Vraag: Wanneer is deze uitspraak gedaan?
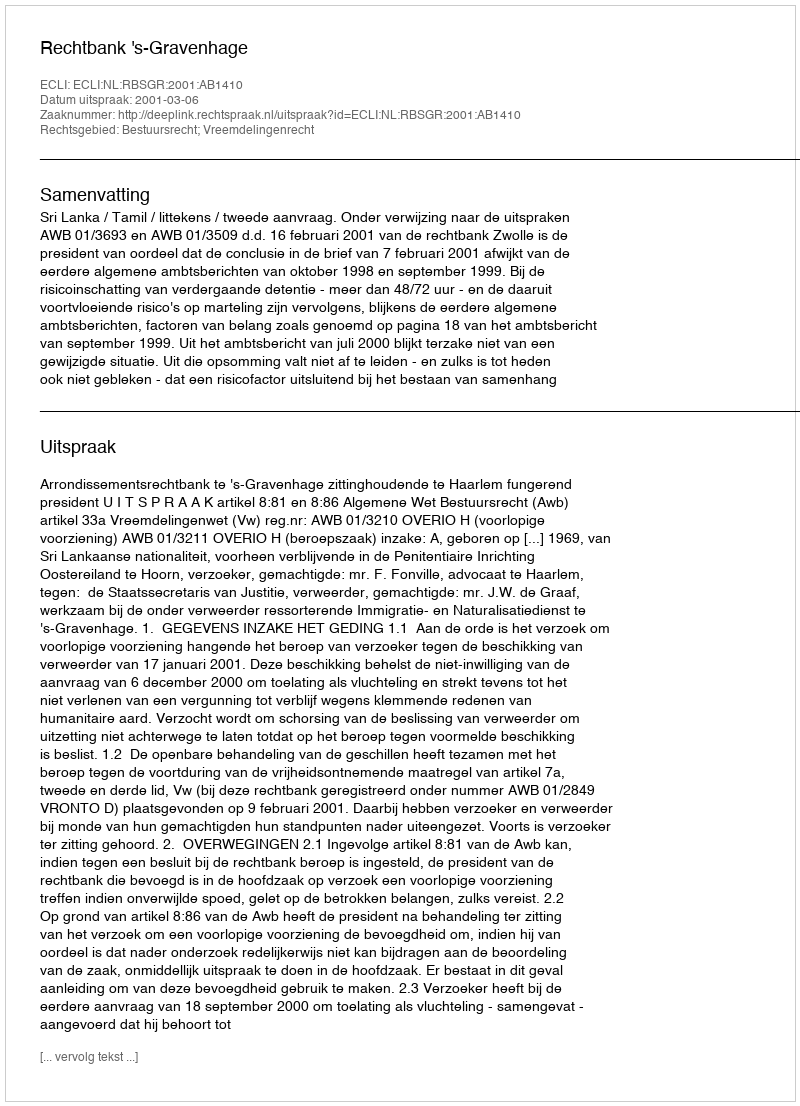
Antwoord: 2001-03-06